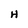
Character: H